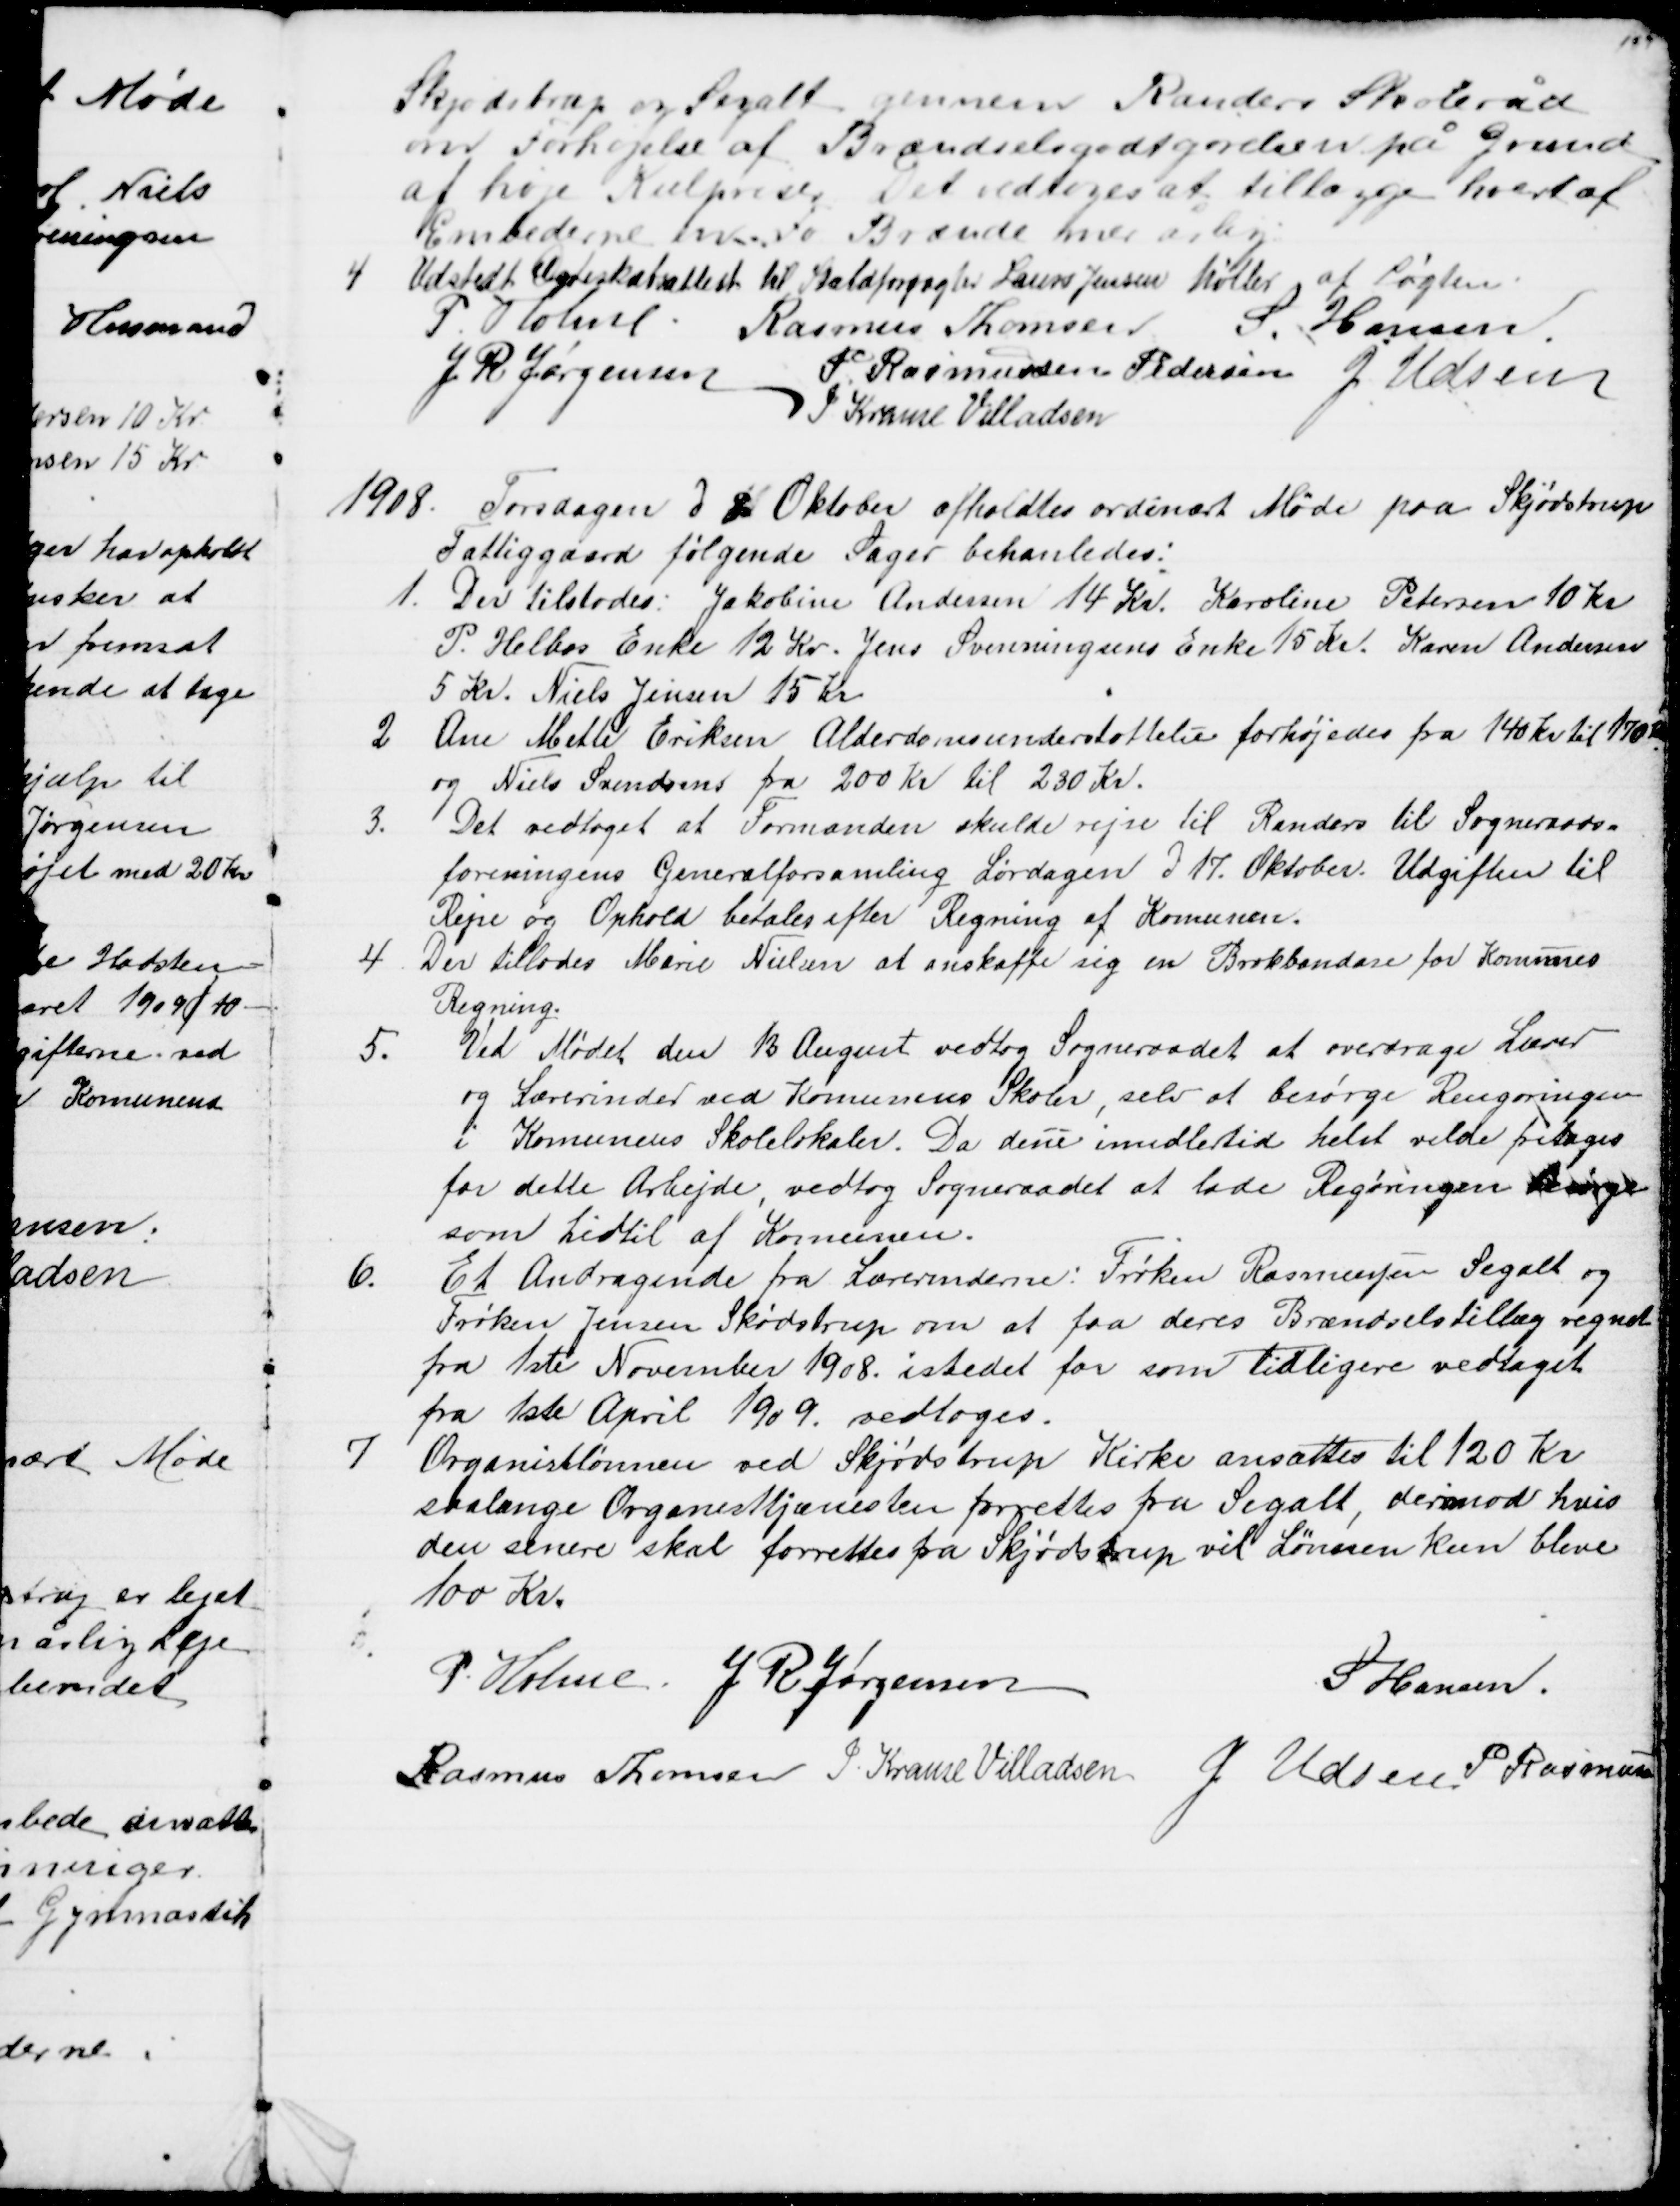
Transskription:
Skjødstrup og Segalt gennem Randers Skoleråd
om Forhøjelse af Brændselsgodtgørelsen på Grund
af høje Kulpriser. Det vedtoges at tillægge hvert af
Embederne en Fv Brænde hver årlig
4. Udstedt Ægteskabsattest til Staldforpagter Laurs Jensen Møller af Løgten.
P. Holme. Rasmus Thomsen S. Hansen
J. R. Jørgensen
P. Rasmussen Pedersen J. Udsen
J. Krause Villadsen
1908.
Torsdagen d 8 Oktober afholdtes ordinært Møde paa Skjødstrup
Fattiggaard følgende Sager behanledes:
1. Der tilstodes: Jakobine Andersen 14 Kr. Karoline Petersen 10 Kr
P. Helbos Enke 12 Kr. Jens Svenningsens Enke 15 Kr. Karen Andersen
5 Kr. Niels Jensen 15 Kr
2
Ane Mette Eriksen Alderdomsunderstøttelse forhøjedes fra 140 Kr til 170 Kr
og Niels Svendsens fra 200 Kr til 280 Kr.
3.
Det vedtoget at Formanden skulde rejse til Randers til Sogneraads=
foreningens Generalforsamling Lørdagen d 17. Oktober. Udgiften til
Rejse og Ophold betales efter Regning af Komunen.
4
Der tillodes Marie Nielsen at anskaffe sig en Brokbandase for Komunes
Regning.
5.
Ved Mødet den 13 August vedtog Sogneraadet at overdrage Lærer
og Lærerinder ved Komunens Skoler, selv at besørge Rengøringen
i Komunens Skolelokaler. Da disse imidlertid helst vilde fritages
for dette Arbejde, vedtog Sogneraadet at lade Regøringen besørge
som hidtil af Komunen.
6.
Et Andragende fra Lærerinderne: Frøken Rasmussen Segalt og
Frøken Jensen Skødstrup om at faa deres Brændselstillæg regnet
fra 1ste November 1908. istedet for som tidligere vedtaget
fra 1ste April 1909 vedtoges.
7
Organistlønnen ved Skjødstrup Kirke ansattes til 120 Kr
saalænge Organisttjenesten forrettes fra Segalt, derimod hvis
den senere skal forrettes fra Skjødstrup vil Lønnen kun blive
100 Kr.
P. Holme J R Jørgensen
S Hansen
Rasmus Thomsen J. Krause Villadsen P Udsen P Rasmussen